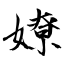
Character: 嫽